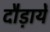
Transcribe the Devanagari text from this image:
दौड़ायें